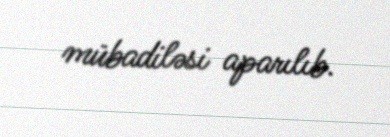
mübadiləsi aparılıb.